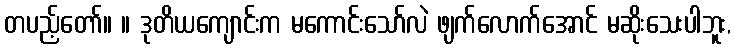
တပည့်တော်။ ။ ဒုတိယကျောင်းက မကောင်းသော်လဲ ဖျက်လောက်အောင် မဆိုးသေးပါဘူး,